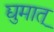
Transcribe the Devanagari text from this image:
द्युमात्